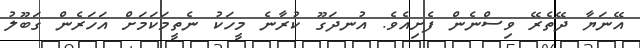
އޭނަޔާ ދޭތެެރޭ ވިސްނެން ފެށިއެވެ. އުނދަގޫ ކުރާނެ މީހަކު ނެތީމަކަމަށް އަހަރެން ގަބޫލު